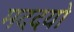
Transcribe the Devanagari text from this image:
मददयो